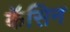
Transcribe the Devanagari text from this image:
कॅसिन